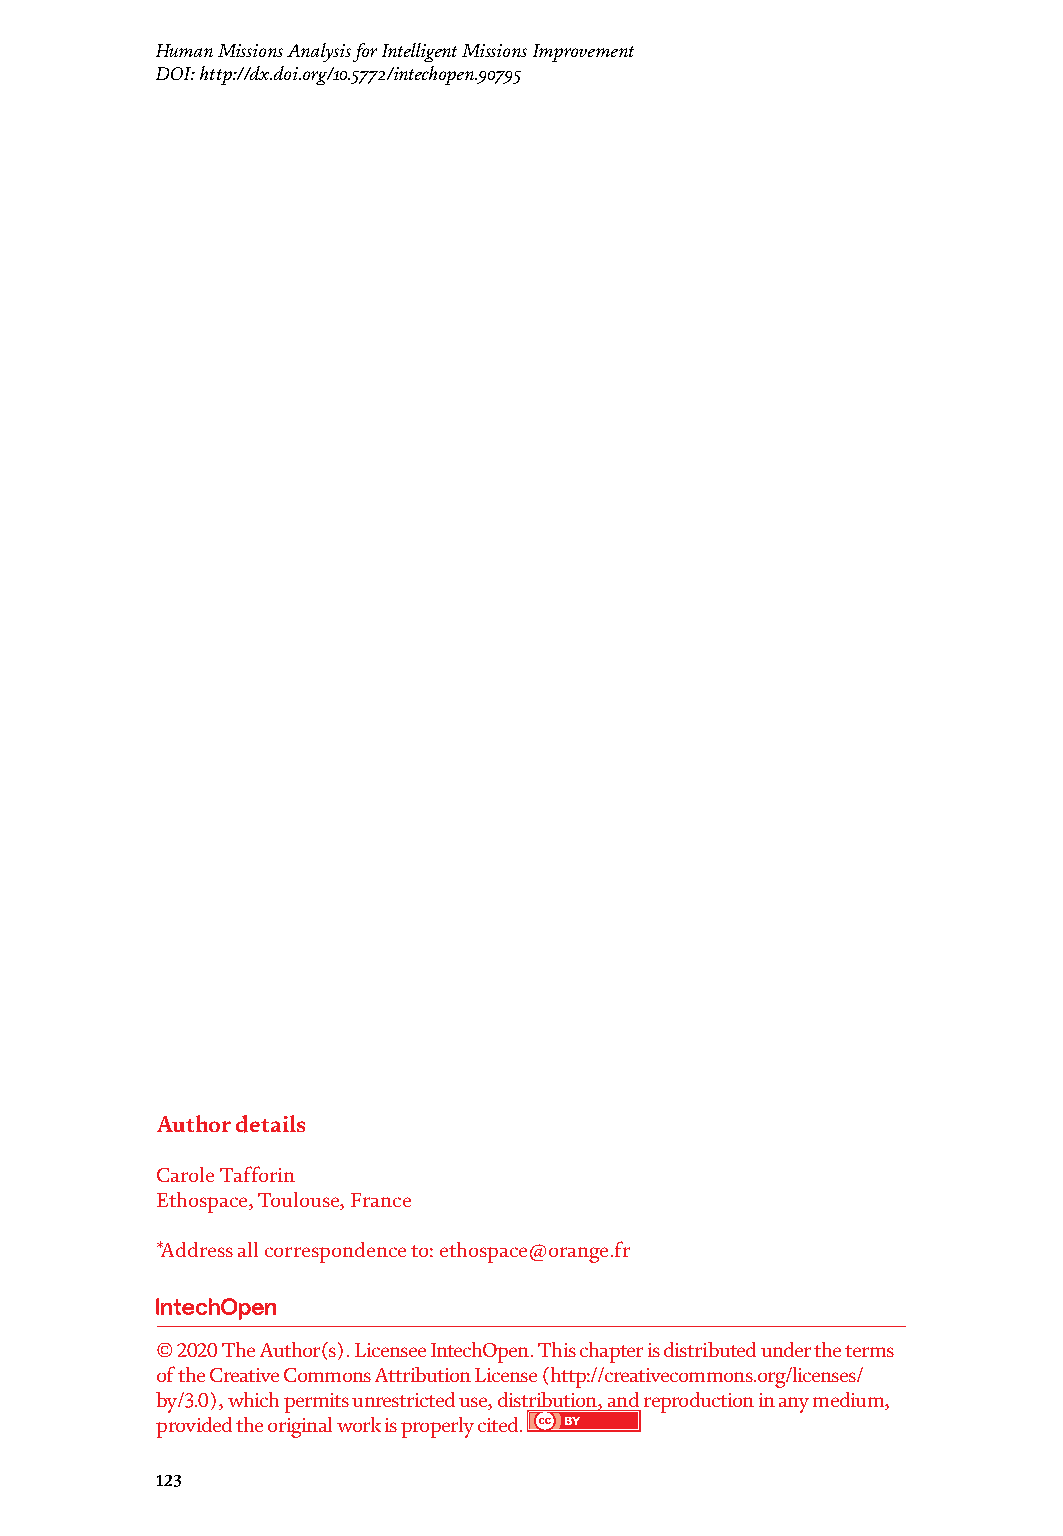
Mars Exploration - A Step Forward Human Missions Analysis for Intelligent Missions Improvement
 DOI: http://dx.doi.org/10.5772/intechopen.90795
 Man-rated Mars exploration demands are to consider the personal value [40],
 the mixed-gender [41], and the cultural value [42] of a human mission and to take
 into account this diversity value as inputs of AI like variations of outputs gener-
 ated by the machine. An intelligent mission becomes a multi-variable system with
 strategic processes, adapted processes, and cooperative processes that are running
 in synergy and that inject multi-sensorial inputs in the crew’s EI. We hypothesize
 that such multiplicity improves over time. Monotony is prevented by robotic-
 automation tasks and autonomy is ensured by human-dependent actions.
 The global demand is multidisciplinary in order to make human-machine
 interaction evolve. The evolutionary model of the human species is punctuated by
 so many disciplines that are points of organization from philosophical roots, to the
 naturalist current, to human ethology (Figure 8). Aristotle described behavioral
 traits from the perspective of a classification, that is, species taxonomy, to com-
 plete the anatomical and morphological image. From these epistemological nodes,
 integrated approaches such as psycho-physiology, neuro-ethology, communicative-
 networks, telemedicine, cognitive-psychology, and AI as the very last point of
 integration and evolution of the human species on other planets flourish. The whole
 approach is systemic [43] and is both behavioral and computational.
 6. Conclusion
 Numerical methods developed in ethology of humans in space have contributed
 to give insight into adaptive behaviors that underlie human intelligence as multiple
 processes of optimization of the individual-environment relationship. Human
 being’s activity is the heart of the system, be it natural or artificial. AI can perform
 additional functions by processes of imitation, cooperation, and automation that
 include the diversity of the crewmembers, cyclicity of their behavior, and autonomy
 of the confined and isolated crew from Earth.
 From the individual to the cultural crews’ behavior that expresses individual
 intelligence to collective human intelligence, space missions will improve as intel-
 ligent missions by associating AI as follows:
 Artificial intelligence + ∑ Human intelligences ∗ = Intelligent missions
 (∗ Individual intelligence + Emotional intelligence + Collective intelligence)
 Acknowledgements
 The author thanks the French Space Agency for its scientific and financial sup-
 port in ethological studies. Author details
 Carole Tafforin
 Ethospace, Toulouse, France
 *Address all correspondence to: ethospace@orange.fr
 © 2020 The Author(s). Licensee IntechOpen. This chapter is distributed under the terms
 of the Creative Commons Attribution License (http://creativecommons.org/licenses/
 by/3.0), which permits unrestricted use, distribution, and reproduction in any medium,
 provided the original work is properly cited.
 122       123